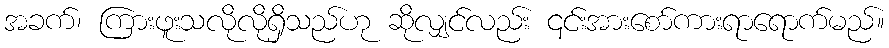
အခက်၊ ကြားဖူးသလိုလိုရှိသည်ဟု ဆိုလျှင်လည်း ၎င်းအားစော်ကားရာရောက်မည်။